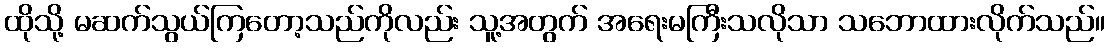
ထိုသို့ မဆက်သွယ်ကြတော့သည်ကိုလည်း သူ့အတွက် အရေးမကြီးသလိုသာ သဘောထားလိုက်သည်။